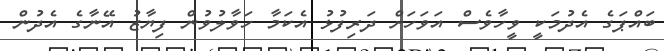
ބައްޕަގެ އެދުމަކީ ވީހާވެސް އަވަހަށް ދަރިފުޅު އެކަމާ ހަވާލުވުން ފިޔާޒު އޭނާގެ އެދުން